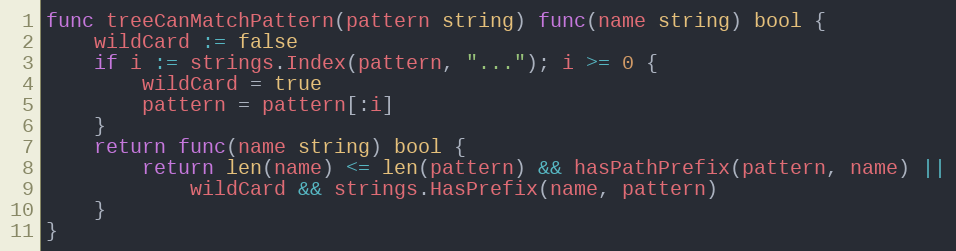
Language: Go
func treeCanMatchPattern(pattern string) func(name string) bool {
	wildCard := false
	if i := strings.Index(pattern, "..."); i >= 0 {
		wildCard = true
		pattern = pattern[:i]
	}
	return func(name string) bool {
		return len(name) <= len(pattern) && hasPathPrefix(pattern, name) ||
			wildCard && strings.HasPrefix(name, pattern)
	}
}